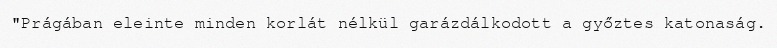
"Prágában eleinte minden korlát nélkül garázdálkodott a győztes katonaság.